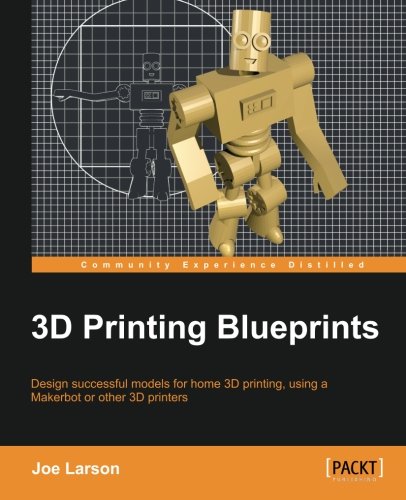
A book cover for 3D Printing Blueprints; Joe Larson; Computers & Technology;